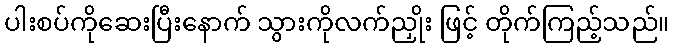
ပါးစပ်ကိုဆေးပြီးနောက် သွားကိုလက်ညှိုး ဖြင့် တိုက်ကြည့်သည်။